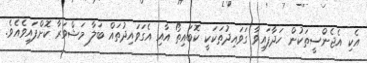
އެކި އެޖެންސީތަކުން ހަދާފައިވާ ގަވައިދުތަކަކީ ކޮބައިތޯ އާއި އެގަވައިދުތައް ބަލާ މަޝްވަރާ ކޮށްފައިވެއެވެ.